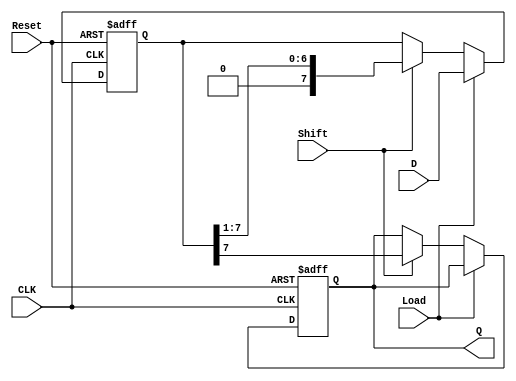
module PISO_Shift_Register #(
    parameter N = 8  // Number of bits in the register
)(
    input wire [N-1:0] D,     // Parallel data inputs
    input wire Shift,          // Shift control input
    input wire Load,           // Load control input
    input wire CLK,            // Clock input
    input wire Reset,          // Asynchronous reset input
    output reg Q               // Serial output
);

    // Internal register to hold the shift register data
    reg [N-1:0] shift_reg;

    always @(posedge CLK or posedge Reset) begin
        if (Reset) begin
            // Asynchronous reset
            shift_reg <= {N{1'b0}}; // Clear the register
            Q <= 1'b0;              // Clear the output
        end else begin
            if (Load) begin
                // Parallel load mode
                shift_reg <= D;     // Load data into the register
            end else if (Shift) begin
                // Shift mode
                Q <= shift_reg[N-1]; // Output the MSB
                shift_reg <= {1'b0, shift_reg[N-1:1]}; // Shift right
            end
        end
    end

endmodule